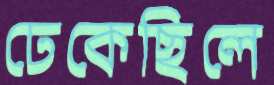
ঢেকেছিলে